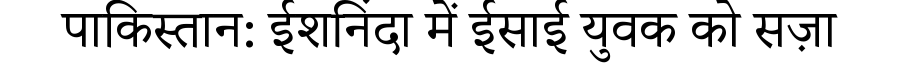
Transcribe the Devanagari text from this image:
पाकिस्तान: ईशनिंदा में ईसाई युवक को सज़ा